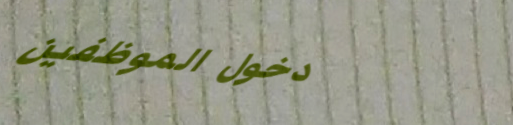
دخول الموظفين